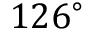
1 2 6 ^ { \circ }